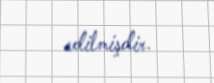
edilmişdir.